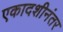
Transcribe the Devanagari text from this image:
एकादशीनंतर